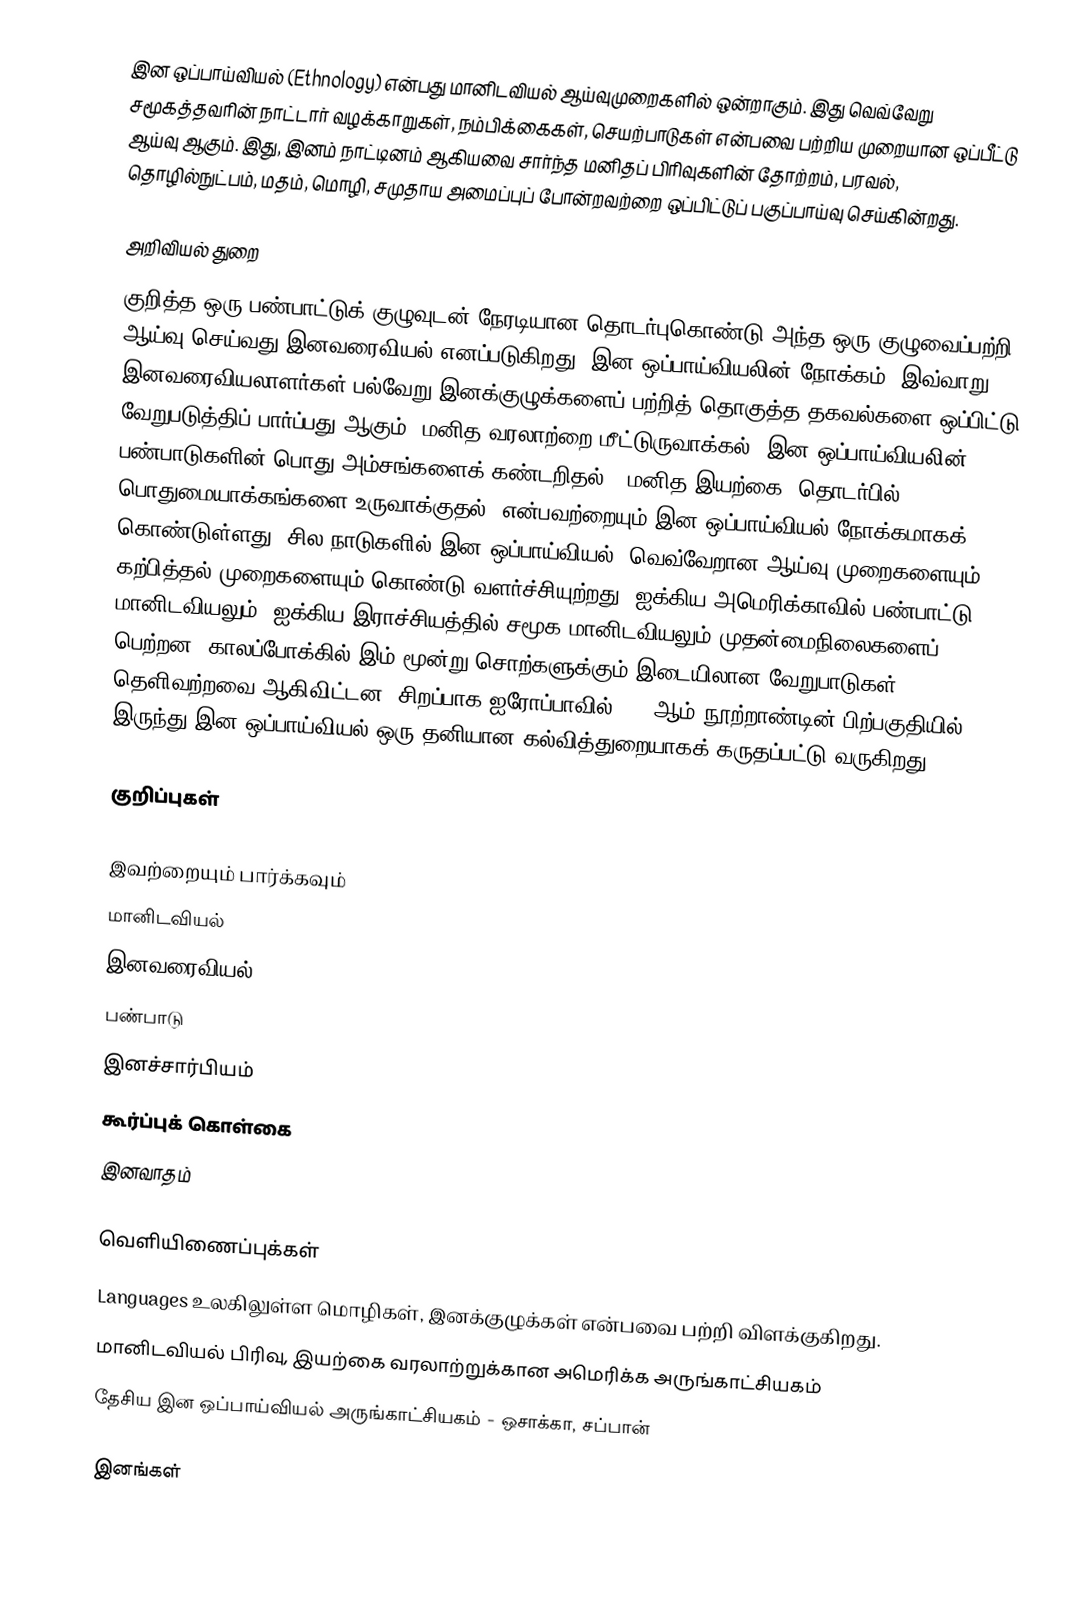
இன ஒப்பாய்வியல் (Ethnology) என்பது மானிடவியல் ஆய்வுமுறைகளில் ஒன்றாகும். இது வெவ்வேறு சமூகத்தவரின் நாட்டார் வழக்காறுகள், நம்பிக்கைகள், செயற்பாடுகள் என்பவை பற்றிய முறையான ஒப்பீட்டு ஆய்வு ஆகும். இது, இனம் நாட்டினம் ஆகியவை சார்ந்த மனிதப் பிரிவுகளின் தோற்றம், பரவல், தொழில்நுட்பம், மதம், மொழி, சமுதாய அமைப்புப் போன்றவற்றை ஒப்பிட்டுப் பகுப்பாய்வு செய்கின்றது.

அறிவியல் துறை
குறித்த ஒரு பண்பாட்டுக் குழுவுடன் நேரடியான தொடர்புகொண்டு அந்த ஒரு குழுவைப்பற்றி ஆய்வு செய்வது இனவரைவியல் எனப்படுகிறது. இன ஒப்பாய்வியலின் நோக்கம், இவ்வாறு இனவரைவியலாளர்கள் பல்வேறு இனக்குழுக்களைப் பற்றித் தொகுத்த தகவல்களை ஒப்பிட்டு வேறுபடுத்திப் பார்ப்பது ஆகும். மனித வரலாற்றை மீட்டுருவாக்கல், இன ஒப்பாய்வியலின், பண்பாடுகளின் பொது அம்சங்களைக் கண்டறிதல், "மனித இயற்கை" தொடர்பில் பொதுமையாக்கங்களை உருவாக்குதல், என்பவற்றையும் இன ஒப்பாய்வியல் நோக்கமாகக் கொண்டுள்ளது. சில நாடுகளில் இன ஒப்பாய்வியல், வெவ்வேறான ஆய்வு முறைகளையும் கற்பித்தல் முறைகளையும் கொண்டு வளர்ச்சியுற்றது. ஐக்கிய அமெரிக்காவில் பண்பாட்டு மானிடவியலும், ஐக்கிய இராச்சியத்தில் சமூக மானிடவியலும் முதன்மைநிலைகளைப் பெற்றன. காலப்போக்கில் இம் மூன்று சொற்களுக்கும் இடையிலான வேறுபாடுகள் தெளிவற்றவை ஆகிவிட்டன. சிறப்பாக ஐரோப்பாவில், 18 ஆம் நூற்றாண்டின் பிற்பகுதியில் இருந்து இன ஒப்பாய்வியல் ஒரு தனியான கல்வித்துறையாகக் கருதப்பட்டு வருகிறது.

குறிப்புகள்

இவற்றையும் பார்க்கவும்
 மானிடவியல்
 இனவரைவியல்
 பண்பாடு
 இனச்சார்பியம்
 கூர்ப்புக் கொள்கை
 இனவாதம்

வெளியிணைப்புக்கள்
 Languages உலகிலுள்ள மொழிகள், இனக்குழுக்கள் என்பவை பற்றி விளக்குகிறது.
 மானிடவியல் பிரிவு, இயற்கை வரலாற்றுக்கான அமெரிக்க அருங்காட்சியகம்
 தேசிய இன ஒப்பாய்வியல் அருங்காட்சியகம்  - ஒசாக்கா, சப்பான்

இனங்கள்